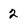
Character: 2